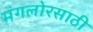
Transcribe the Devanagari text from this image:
मंगलोरसाठी